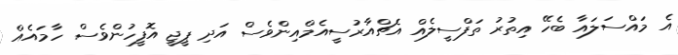
އެ މައްސަލައާ ބެހޭ އިތުރު ތަފްސީލެއް އެޗްއާރުސީއެމްއިންވެސް އަދި ޕީޖީ އޮފީހުންވެސް ހާމައެއް